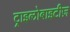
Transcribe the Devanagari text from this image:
ट्राइलोबाइटीज़